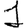
Digit: 1